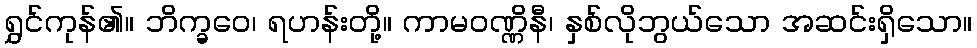
ရွှင်ကုန်၏။ ဘိက္ခဝေ၊ ရဟန်းတို့။ ကာမဝဏ္ဏိနီ၊ နှစ်လိုဘွယ်သော အဆင်းရှိသော။